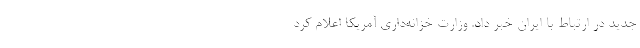
جدید در ارتباط با ایران خبر داد. وزارت خزانه‌داری آمریکا اعلام کرد